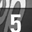
Digit: 5